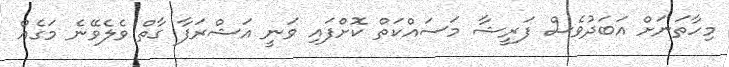
މިހާތަނަށް އަބަދުވެސް ފަރީޝާ މަސައްކަތް ކޮށްފައި ވަނީ އަޝްރަފާ ގާތް ވެލެވޭނެ މަގެއް